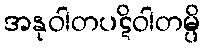
အနုဝါတပဋိဝါတမ္ပိ